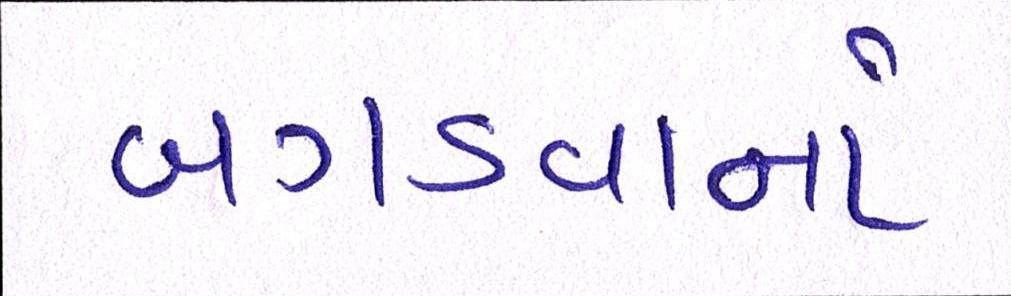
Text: બગડવાનો